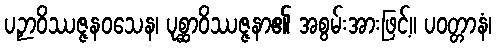
ပဉှာဝိဿဇ္ဇနဝသေန၊ ပုစ္ဆာဝိဿဇ္ဇနာ၏ အစွမ်းအားဖြင့်။ ပဝတ္တာနံ၊